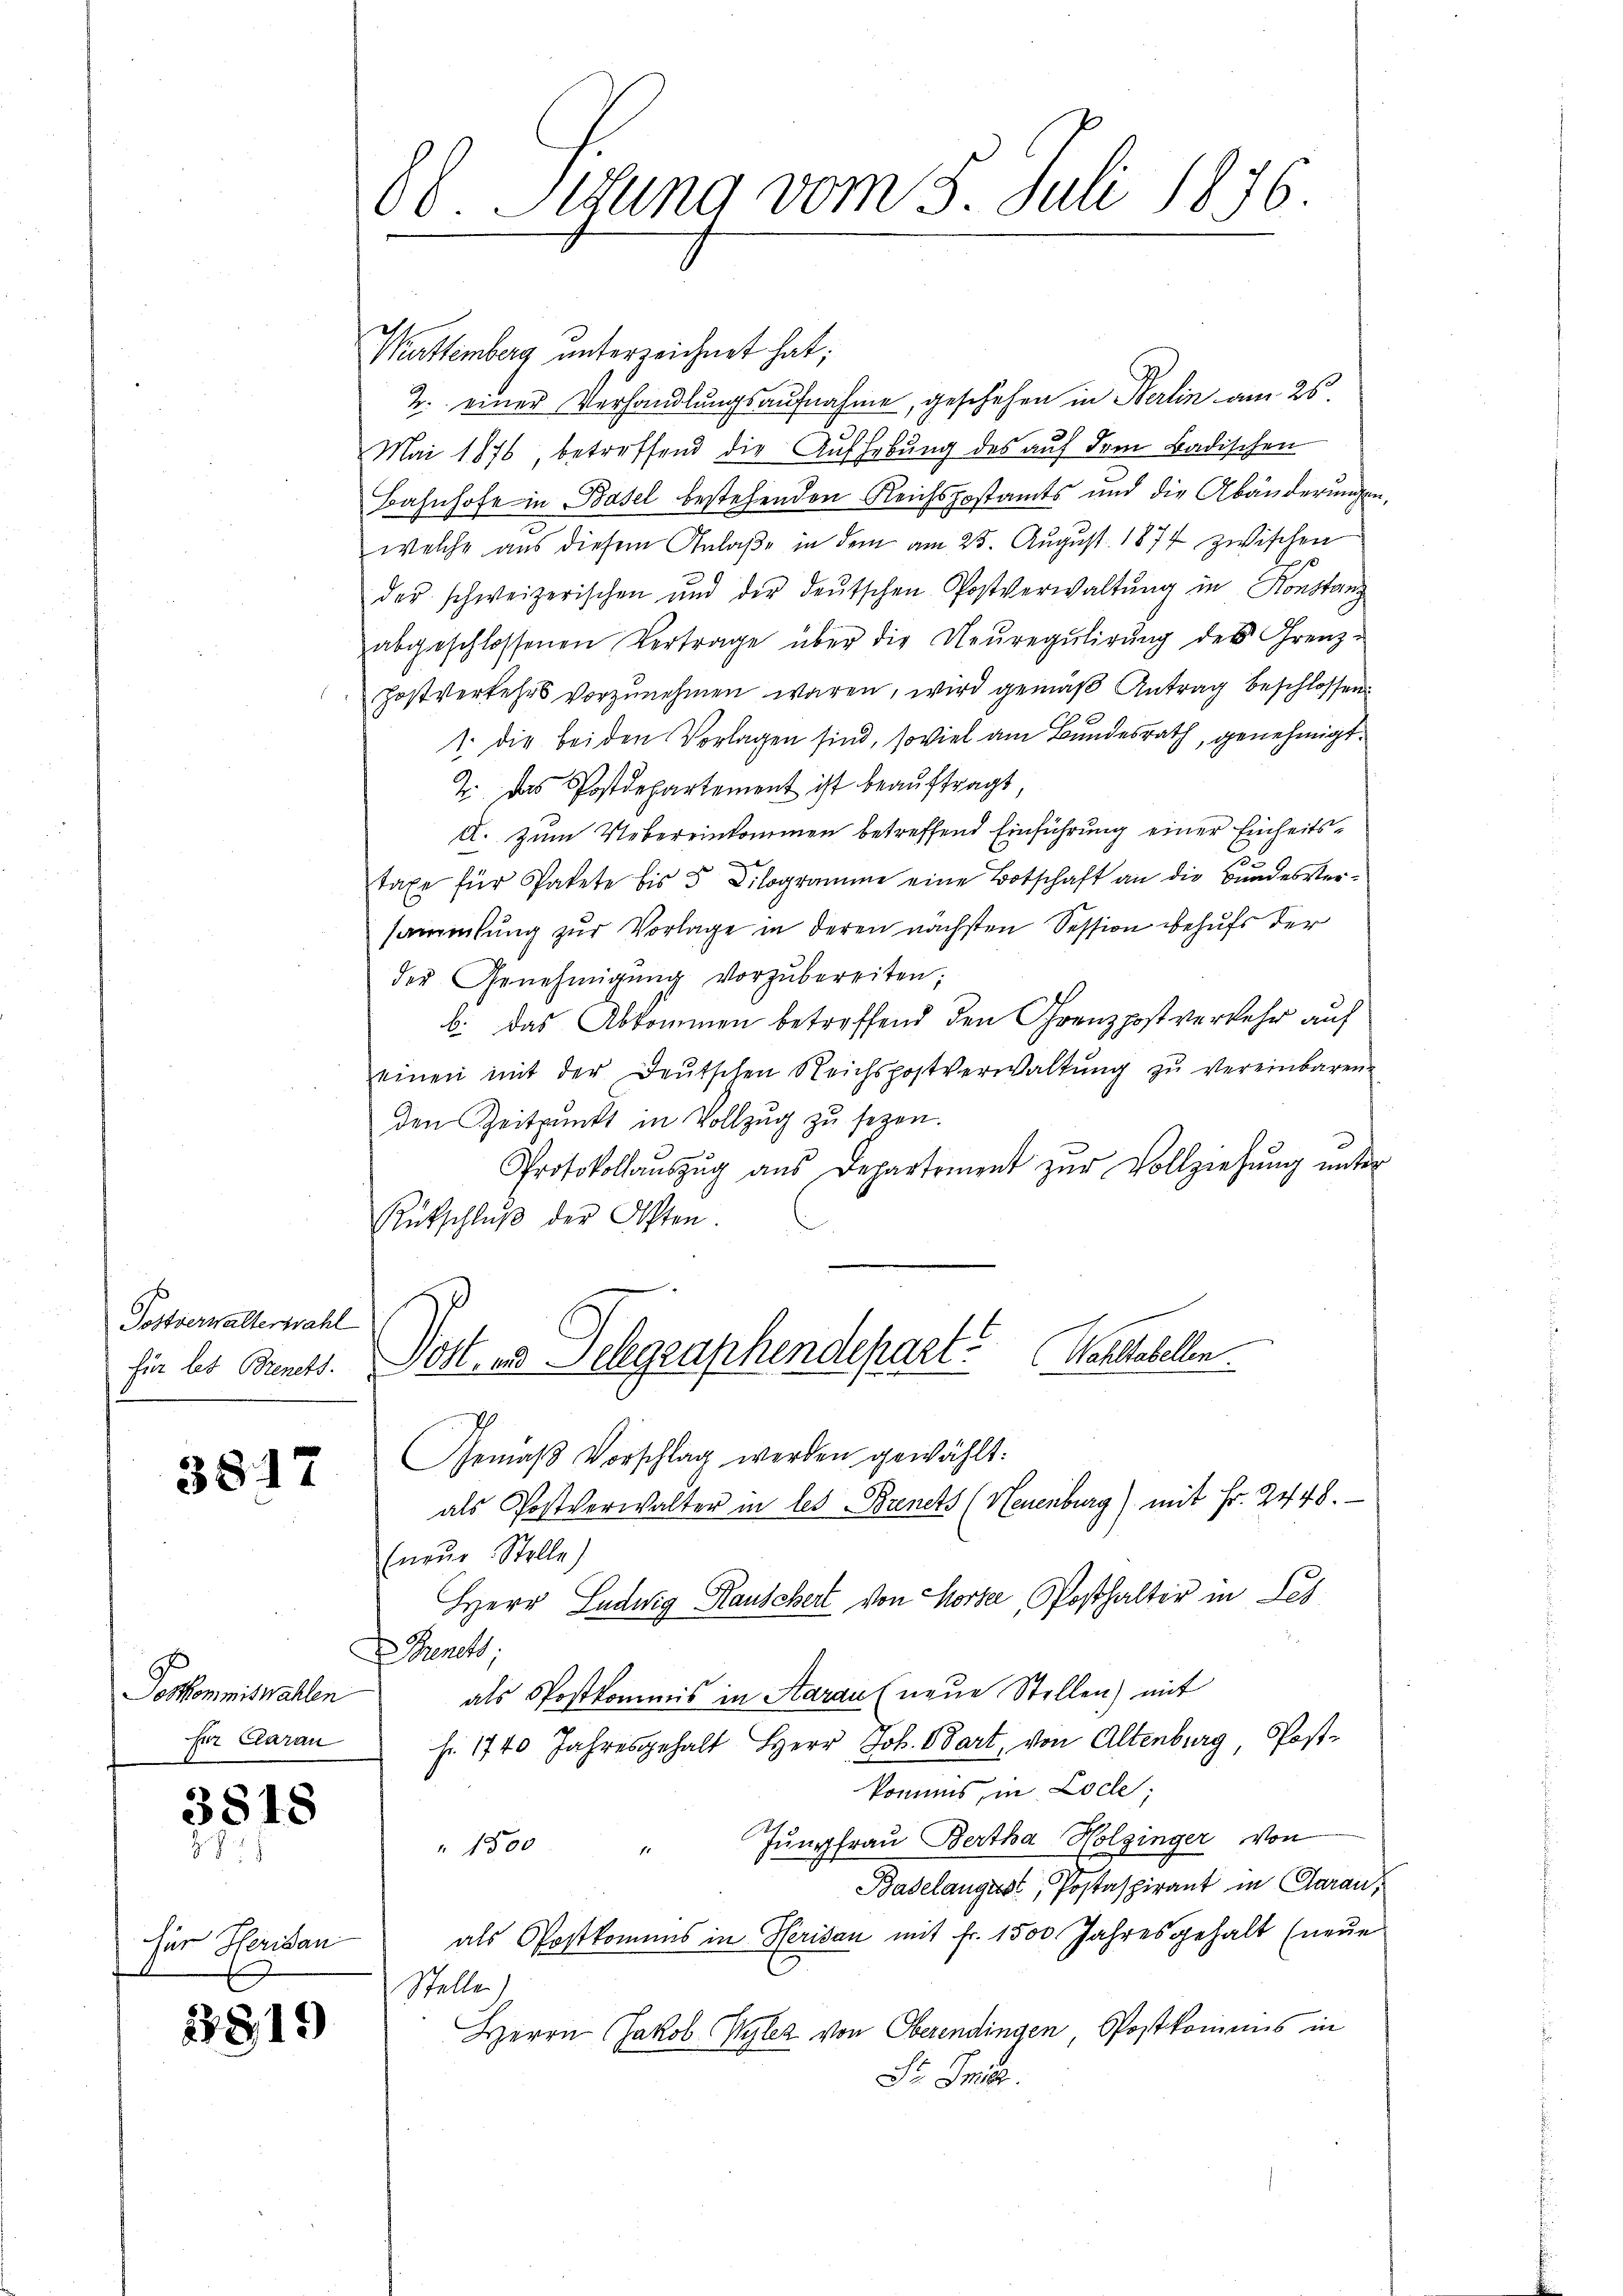
Postverwalterwahl

3817

Muttemberg unterzeichnet hat;
2. einer Verhandlungsaufnahme, geschehen in Berlin am 26.
h
Mai 1876, betreffend die Aufhebung des auf dem Badischen
Bahnhofe in Basel bestehenden Reichspostamts und die Abänderungen
welche aus diesem Anlaße in dem am 25. August 1874 zwischen
der schweizerischen und der deŭtschen Postverwaltŭng in Konstanz
abgeschlossenen Vertrage über die Neŭregulirung des Grenz-
Zostverkehrs vorzŭnehmen waren, wird gemäß Antrag beschlossen:
1. Die beiden Vorlagen sind, soviel am Bundesrath, genehmigt.
Z. das Postdepartement ist beauftragt,
A. zum Uebereinkommen betreffend Einführung einer Einheitstaxe für Patete bis 5 Kilogramme eine Botschaft an die Bundesversammlung zur Vorlage in deren nächsten Session behufs der
der Genehmigŭng vorzŭbereiten:
b. das Abkommen betreffend den Grenzpost verkehr auf
einen mit der Deutschen Reichspostverwaltŭng zŭ vereinbaren.
den Zeitpunkt in Vollzug zu sezen.
Protokollaŭszŭg aŭs Departement zŭr Vollziehŭng ŭnter
Rückschlŭβ der Akten.
Wahltabellen.
fir les Bunt. Post, und Delegraphendepart
Gemäβ Vorschlag werden gewählt:
als Postverwalter in les Brinets (Neuenburg) mit Fr. 2448.
(neue Stelle)
Herr Ludwig Rauschert von Horte, Posthalter in Les
I Beneh
als Postkommis in Aarau (neue Stellen) mit
fr. 1740 Jahresgehalt Herr Job. Bart, von Altenburg Post-
kommes, in Loche
" 1500 " Jungfrau Bertha Holzinger von
Babelaugust Postaspirant in Garan,
als Postkommnis in Herisau mit fr. 1500 Jahresgehalt (neŭe
Stelle)
" Herrn Jakob Wylez von Oberendingen Postkommens in
St. Si

Deskommiswahlen
für Clarau

3818

für Heridau
A

86. Mitung vom 3. Juli 1876